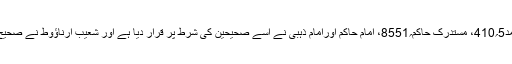
(مسند احمد5؍410، مستدرک حاکم؍8551، امام حاکم اورامام ذہبی نے اسے صحیحین کی شرط پر قرار دیا ہے اور شعیب ارناؤوط نے صحیح کہا ہے۔